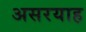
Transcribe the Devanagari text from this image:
असरयाह